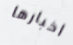
اخبارها